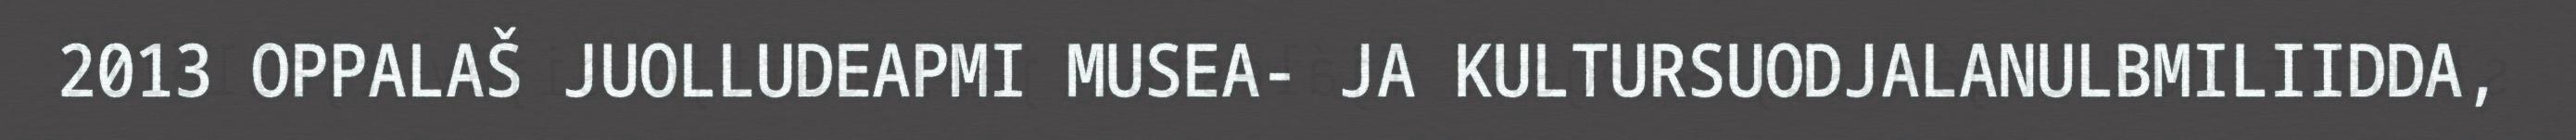
2013 OPPALAŠ JUOLLUDEAPMI MUSEA- JA KULTURSUODJALANULBMILIIDDA,